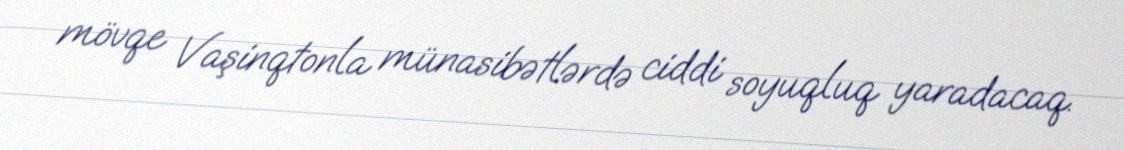
mövqe Vaşinqtonla münasibətlərdə ciddi soyuqluq yaradacaq.